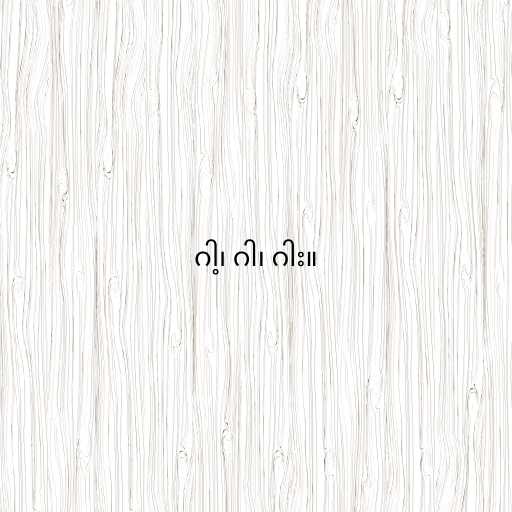
ဂါ့၊ ဂါ၊ ဂါး။